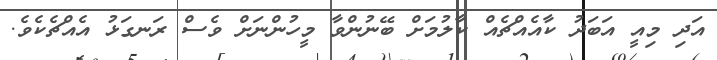
އަދި މިއީ އަބަދު ކާއެއްޗެއް ކާލުމަށް ބޭނުންވާ މީހުންނަށް ވެސް ރަނގަޅު އެއްޗެކެވެ.